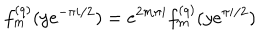
f _ { m } ^ { ( q ) } ( y e ^ { - \pi i / 2 } ) = e ^ { 2 m \pi i } f _ { m } ^ { ( q ) } ( y e ^ { \pi i / 2 } )